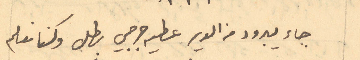
جاء يبرود من الدير عطيه جرجي بطل وكنا نعلم